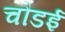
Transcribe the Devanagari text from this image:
चौडई